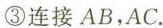
③连接AB，AC.